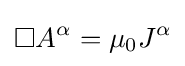
\Box A^{\alpha }=\mu _{0}J^{\alpha }